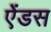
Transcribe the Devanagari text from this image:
ऐंडस